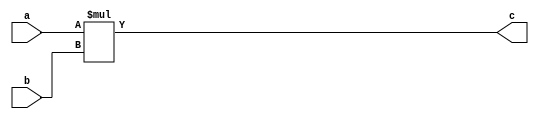
module MultiplicationUnit(c, a ,b);
    input [0:15] a, b;
    output [0:31] c;
    
    assign c = a*b;
    
endmodule